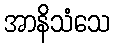
အာနိသံသေ